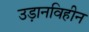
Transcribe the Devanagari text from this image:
उड़ानविहीन